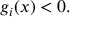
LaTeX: g _ { i } ( x ) < 0 .